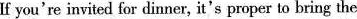
If you're invited for dinner, it's proper to bring the